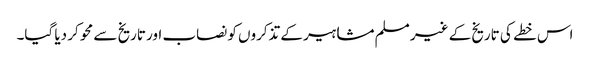
اس خطے کی تاریخ کے غیر مسلم مشاہیر کے تذکروں کو نصاب اور تاریخ سے محو کر دیا گیا۔